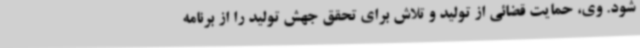
شود. وی، حمایت قضائی از تولید و تلاش برای تحقق جهش تولید را از برنامه